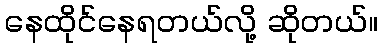
နေထိုင်နေရတယ်လို့ ဆိုတယ်။